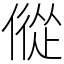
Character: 傱